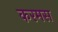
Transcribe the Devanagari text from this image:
करमस